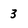
Character: 3